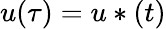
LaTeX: u(\tau)=u*(t)